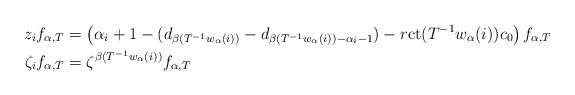
LaTeX: \begin{align*}z_i f_{\alpha,T}&=\left(\alpha_i+1-(d_{\beta(T^{-1} w_\alpha(i))}-d_{\beta(T^{-1} w_\alpha(i))-\alpha_i-1})-r \mathrm{ct}(T^{-1} w_\alpha(i))c_0 \right)f_{\alpha,T}\\ \zeta_i f_{\alpha,T}&=\zeta^{\beta( T^{-1} w_\alpha(i))} f_{\alpha,T}\end{align*}